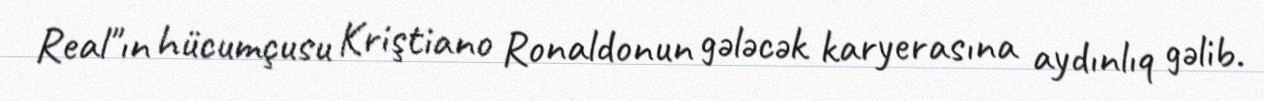
Real"ın hücumçusu Kriştiano Ronaldonun gələcək karyerasına aydınlıq gəlib.